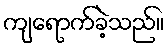
ကျရောက်ခဲ့သည်။